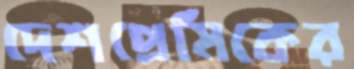
দেশপ্রেমিকের